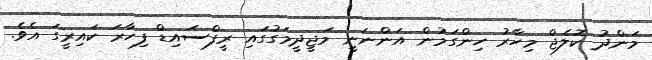
މަންދު ކޮލެޖް މިހާރު ހިންގަމުން އަންނަނީ މަޖީދީމަގުގައި ރީފްސައިޑް ފިހާރަ ކައިރީގަ އެވެ.